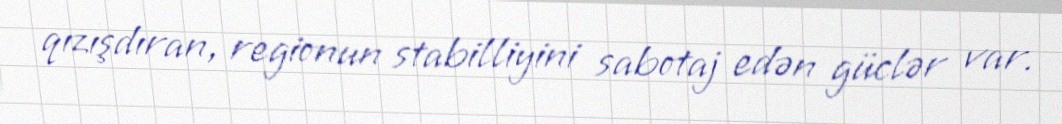
qızışdıran, regionun stabilliyini sabotaj edən güclər var.